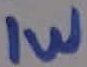
Text: 1W